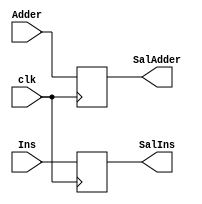
`timescale 1ns/1ns
//Creacion del modulo de I/O
module buffer1(
    input [31:0]Adder,
    input [31:0]Ins,
    input clk,
    output reg[31:0]SalAdder,
    output reg[31:0]SalIns
);

//Asignaciones, e/o instancias, y/o bloques secuenciales
always @(posedge clk) begin
     SalAdder <= Adder;
     SalIns <= Ins;   
end

endmodule